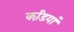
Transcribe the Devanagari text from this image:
कडि़यां